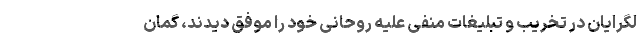
لگرایان در تخریب و تبلیغات منفی علیه روحانی خود را موفق دیدند، گمان